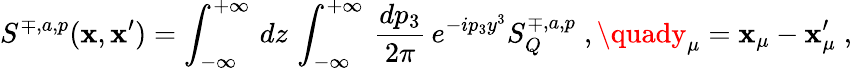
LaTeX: S^{\mp,a,p}(\mathbf{x},\mathbf{x}^{\prime})=\int_{-\infty}^{+\infty}\, dz\, \int_{-\infty}^{+\infty}\, \frac{{dp_{3}}}{{2\pi}}\, e^{-ip_{3}y^{3}}S_{Q}^{\mp,a,p}\; ,\quady_{\mu}=\mathbf{x}_{\mu}-\mathbf{x}_{\mu}^{\prime}\; ,